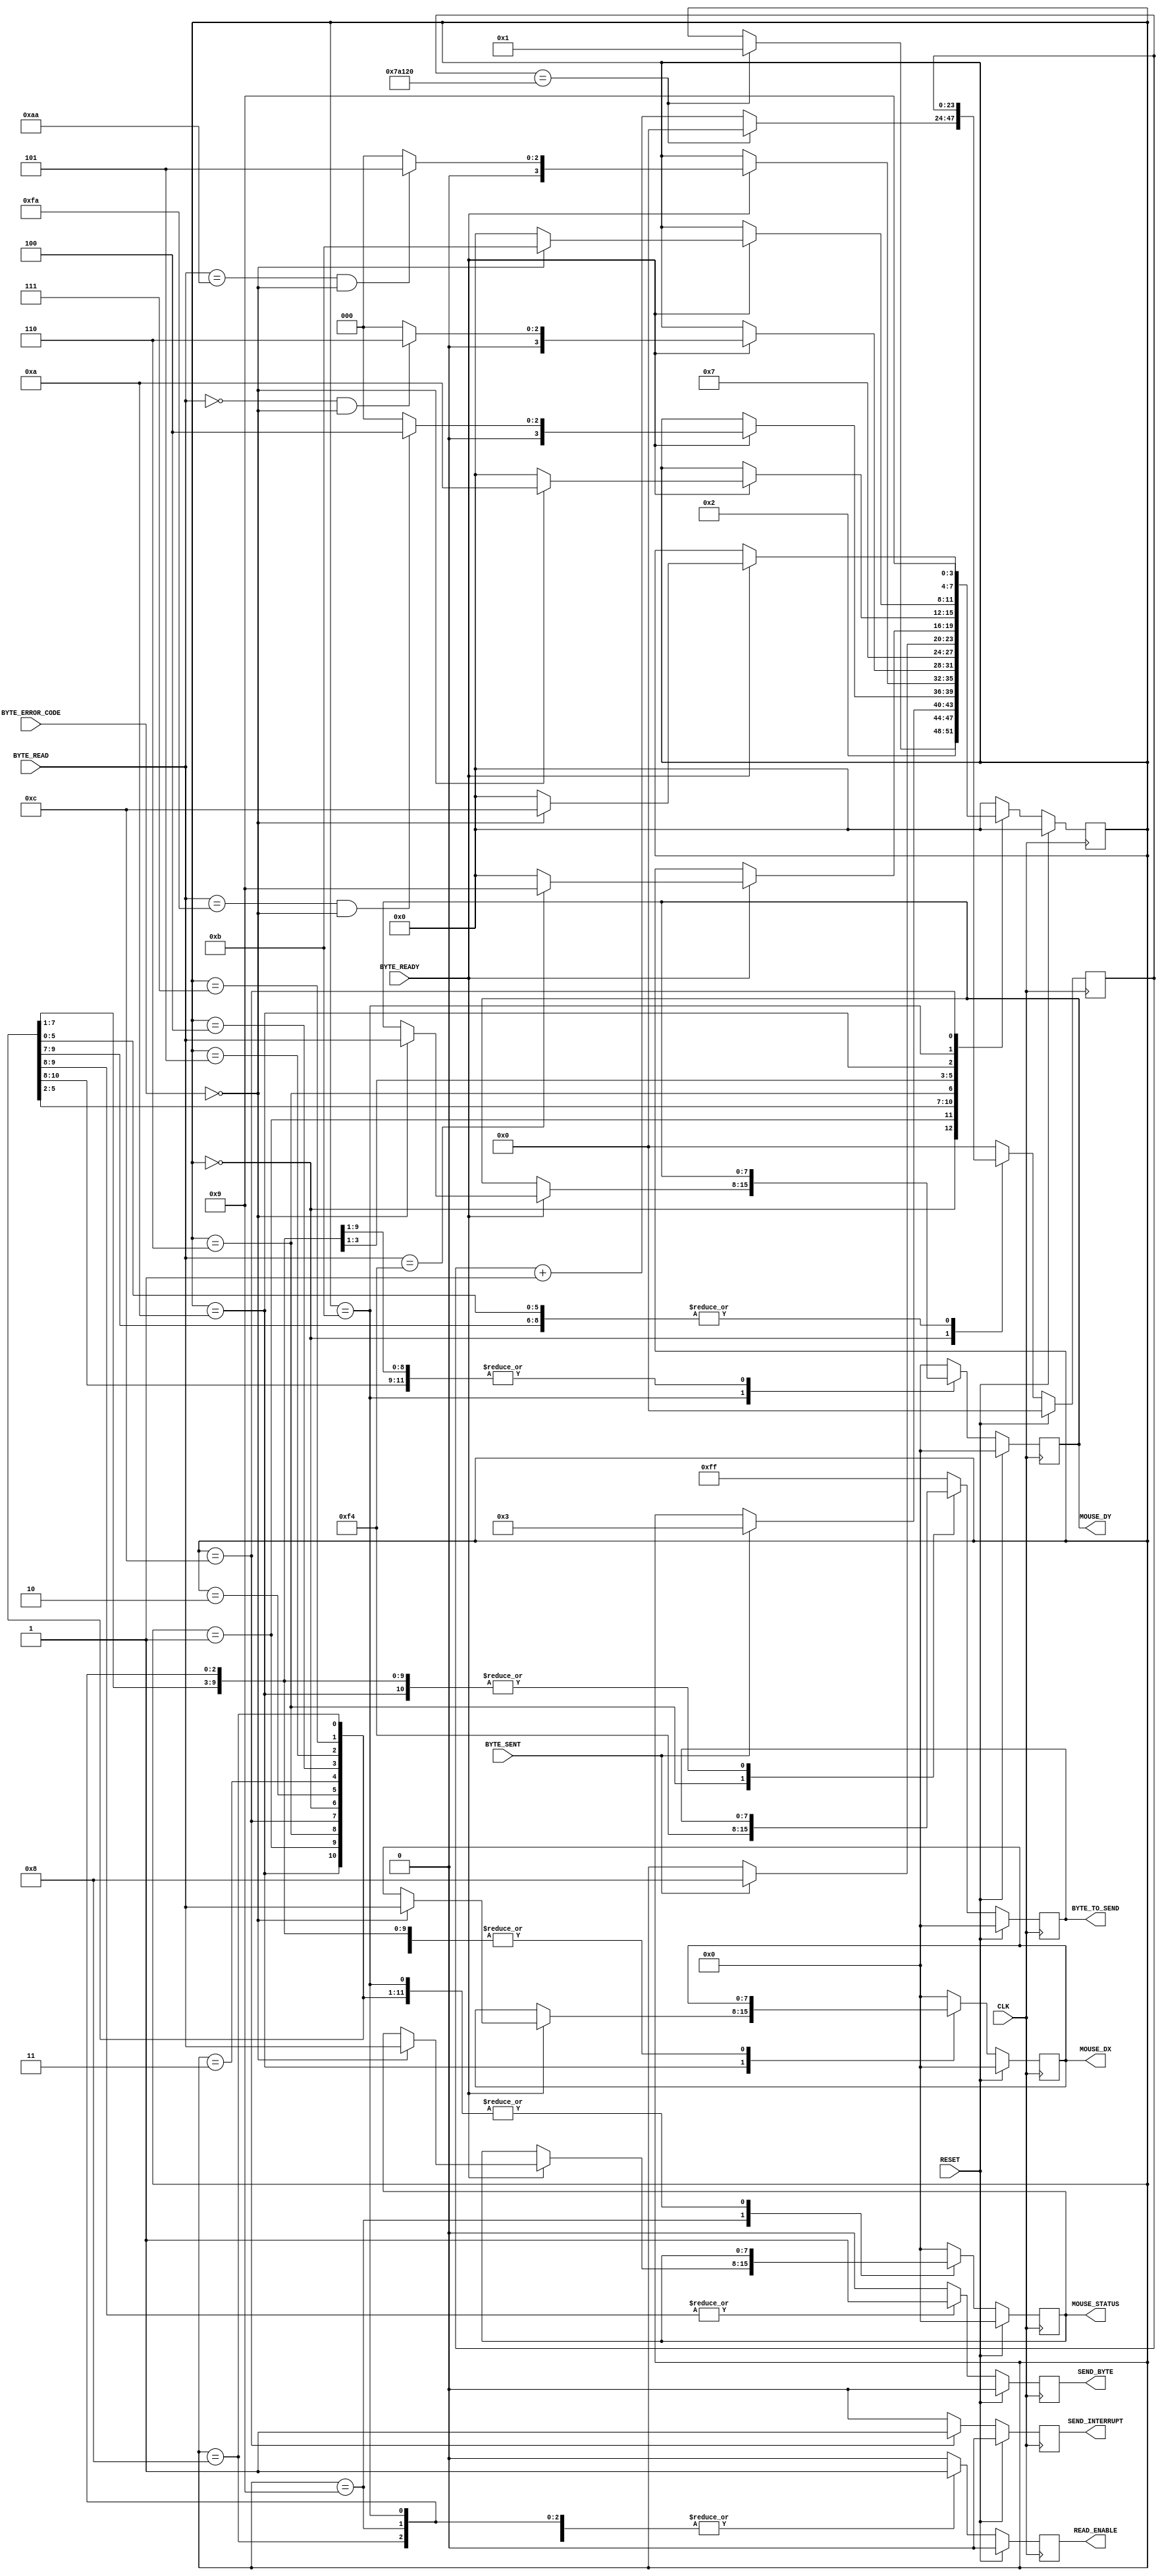
module MouseMasterSM(
    input CLK,
    input RESET,
    //Transmitter Control
    output SEND_BYTE,
    output [7:0] BYTE_TO_SEND,
    input BYTE_SENT,
    //Receiver Control
    output READ_ENABLE,
    input [7:0] BYTE_READ,
    input [1:0] BYTE_ERROR_CODE,
    input BYTE_READY,
    //Data Registers
    output [7:0] MOUSE_DX,
    output [7:0] MOUSE_DY,
    output [7:0] MOUSE_STATUS,
    output SEND_INTERRUPT
    //ILA Debugger output
    //output [3:0] MSM_STATE
);
    //////////////////////////////////////////////////////////////
    // Main state machine - There is a setup sequence
    //
    // 1) Send FF -- Reset command,
    // 2) Read FA -- Mouse Acknowledge,
    // 2) Read AA -- Self-Test Pass
    // 3) Read 00 -- Mouse ID
    // 4) Send F4 -- Start transmitting command,
    // 5) Read F4 -- Mouse Acknowledge,
    //
    // If at any time this chain is broken, the SM will restart from
    // the beginning. Once it has finished the set-up sequence, the read enable flag
    // is raised.
    // The host is then ready to read mouse information 3 bytes at a time:
    // S1) Wait for first read, When it arrives, save it to Status. Goto S2.
    // S2) Wait for second read, When it arrives, save it to DX. Goto S3.
    // S3) Wait for third read, When it arrives, save it to DY. Goto S1.
    // Send interrupt.
    
    //State Control
    reg [3:0] Curr_State, Next_State;
    reg [23:0] Curr_Counter, Next_Counter;
    
    //Transmitter Control
    reg Curr_SendByte, Next_SendByte;
    reg [7:0] Curr_ByteToSend, Next_ByteToSend;
    
    //Receiver Control
    reg Curr_ReadEnable, Next_ReadEnable;
    
    //Data Registers
    reg [7:0] Curr_Status, Next_Status;
    reg [7:0] Curr_Dx, Next_Dx;
    reg [7:0] Curr_Dy, Next_Dy;
    reg Curr_SendInterrupt, Next_SendInterrupt;
    
    //Sequential
    always@(posedge CLK) begin
        if(RESET) begin
            Curr_State <= 4'h0;
            Curr_Counter <= 0;
            Curr_SendByte <= 1'b0;
            Curr_ByteToSend <= 8'h00;
            Curr_ReadEnable <= 1'b0;
            Curr_Status <= 8'h00;
            Curr_Dx <= 8'h00;
            Curr_Dy <= 8'h00;
            Curr_SendInterrupt <= 1'b0;
        end else begin
            Curr_State <= Next_State;
            Curr_Counter <= Next_Counter;
            Curr_SendByte <= Next_SendByte;
            Curr_ByteToSend <= Next_ByteToSend;
            Curr_ReadEnable <= Next_ReadEnable;
            Curr_Status <= Next_Status;
            Curr_Dx <= Next_Dx;
            Curr_Dy <= Next_Dy;
            Curr_SendInterrupt <= Next_SendInterrupt;
        end
    end
        
    //Combinatorial
    always@* begin
        Next_State = Curr_State;
        Next_Counter = Curr_Counter;
        Next_SendByte = 1'b0;
        Next_ByteToSend = Curr_ByteToSend;
        Next_ReadEnable = 1'b0;
        Next_Status = Curr_Status;
        Next_Dx = Curr_Dx;
        Next_Dy = Curr_Dy;
        Next_SendInterrupt = 1'b0;
               
        case(Curr_State)
            //Initialise State - Wait here for 10ms before trying to initialise the mouse.
            4'h0: begin
                if(Curr_Counter == 500000) begin // 1/100th sec at 50MHz clock
                    Next_State = 4'h1;
                    Next_Counter = 0;
                end else
                    Next_Counter = Curr_Counter + 1'b1;
            end
            //Start initialisation by sending FF
            4'h1: begin
                Next_State = 4'h2;
                Next_SendByte = 1'b1;
                Next_ByteToSend = 8'hFF;
            end
            //Wait for confirmation of the byte being sent
            4'h2: begin
                if(BYTE_SENT)
                    Next_State = 4'h3;
            end
            //Wait for confirmation of a byte being received
            //If the byte is FA goto next state, else re-initialise.
            4'h3: begin
                if(BYTE_READY) begin
                    if((BYTE_READ == 8'hFA) & (BYTE_ERROR_CODE == 2'b00)) 
                        Next_State = 4'h4;
                    else
                        Next_State = 4'h0;
                end
                        
                Next_ReadEnable = 1'b1;
            end
            //Wait for self-test pass confirmation
            //If the byte received is AA goto next state, else re-initialise
            4'h4: begin
                if(BYTE_READY) begin
                    if((BYTE_READ == 8'hAA) & (BYTE_ERROR_CODE == 2'b00))
                        Next_State = 4'h5;
                    else
                        Next_State = 4'h0;
                end
                        
                Next_ReadEnable = 1'b1;
            end
            //Wait for confirmation of a byte being received
            //If the byte is 00 goto next state (MOUSE ID) else re-initialise
            4'h5: begin
                if(BYTE_READY) begin
                    if((BYTE_READ == 8'h00) & (BYTE_ERROR_CODE == 2'b00))
                        Next_State = 4'h6;
                    else
                        Next_State = 4'h0;
                end
                         
                Next_ReadEnable = 1'b1;
            end
            //Send F4 - to start mouse transmit
            4'h6: begin
                Next_State = 4'h7;
                Next_SendByte = 1'b1;
                Next_ByteToSend = 8'hF4;
            end
            //Wait for confirmation of the byte being sent
            4'h7: if(BYTE_SENT) Next_State = 4'h8;
            //Wait for confirmation of a byte being received
            //If the byte is F4 goto next state, else re-initialise
            4'h8: begin
                if(BYTE_READY) begin
                    if(BYTE_READ == 8'hF4)
                        Next_State = 4'h9;
                    else
                        Next_State = 4'h0;
                end
                        
                Next_ReadEnable = 1'b1;
            end     
            ///////////////////////////////////////////////////////////
            //At this point the SM has initialised the mouse.
            //Now we are constantly reading. If at any time
            //there is an error, we will re-initialise
            //the mouse - just in case.
            ///////////////////////////////////////////////////////////
            //Wait for the confirmation of a byte being received.
            //This byte will be the first of three, the status byte.
            //If a byte arrives, but is corrupted, then we re-initialise
            4'h9: begin
                if(BYTE_READY) begin
                    if (BYTE_ERROR_CODE == 2'b00) begin
                        Next_State = 4'hA;
                        Next_Status = BYTE_READ;
                    end else
                        Next_State = 4'h0;
                end
                                    
                Next_Counter = 0;
                Next_ReadEnable = 1'b1;
            end
            //Wait for confirmation of a byte being received
            //This byte will be the second of three, the Dx byte.
            4'hA: begin
                if(BYTE_READY) begin
                    if (BYTE_ERROR_CODE == 2'b00) begin
                        Next_State = 4'hB;
                        Next_Dx = BYTE_READ;
                    end else
                        Next_State = 4'h0;
                end
                 
                Next_Counter = 0;
                Next_ReadEnable = 1'b1;
            end
            //Wait for confirmation of a byte being received
            //This byte will be the third of three, the Dy byte.
            4'hB: begin
                if(BYTE_READY) begin
                    if (BYTE_ERROR_CODE == 2'b00) begin
                        Next_State = 4'hC;
                        Next_Dy = BYTE_READ;
                    end else
                        Next_State = 4'h0;
                end
                  
                Next_Counter = 0;
                Next_ReadEnable = 1'b1;
            end
            //Send Interrupt State
            4'hC: begin
                Next_State = 4'h9;
                Next_SendInterrupt = 1'b1;
            end
            //Default State: reset values
            default: begin
                Next_State = 4'h0;
                Next_Counter = 0;
                Next_SendByte = 1'b0;
                Next_ByteToSend = 8'hFF;
                Next_ReadEnable = 1'b0;
                Next_Status = 8'h00;
                Next_Dx = 8'h00;
                Next_Dy = 8'h00;
                Next_SendInterrupt = 1'b0;
            end
        endcase
    end
        
    ///////////////////////////////////////////////////
    //Tie the SM signals to the IO
        
    //Transmitter
    assign SEND_BYTE = Curr_SendByte;
    assign BYTE_TO_SEND = Curr_ByteToSend;
        
    //Receiver
    assign READ_ENABLE = Curr_ReadEnable;
        
    //Output Mouse Data
    assign MOUSE_DX = Curr_Dx;
    assign MOUSE_DY = Curr_Dy;
    assign MOUSE_STATUS = Curr_Status;
    assign SEND_INTERRUPT = Curr_SendInterrupt;
    // MSM_STATE assignment for ILA Debugger
    //assign MSM_STATE = Curr_State;
        
endmodule